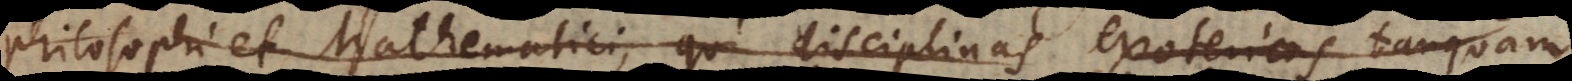
philosophi et Mathematici, qui disciplinas exotericas tan